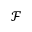
\mathscr { F }